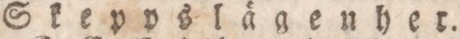
Skeppslägenher.